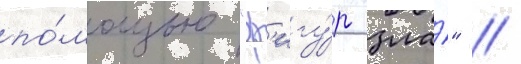
по́мощью "ф'игу́р зла́" //